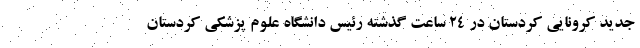
جدید کرونایی کردستان در 24 ساعت گذشته رئیس دانشگاه علوم پزشکی کردستان